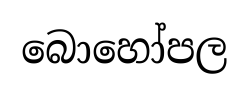
බොහෝපල